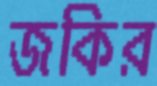
জকির